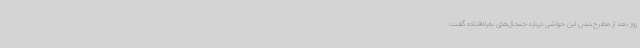
روز بعد از مطرح‌شدن این حواشی درباره جنجال‌های به‌راه‌افتاده گفت: